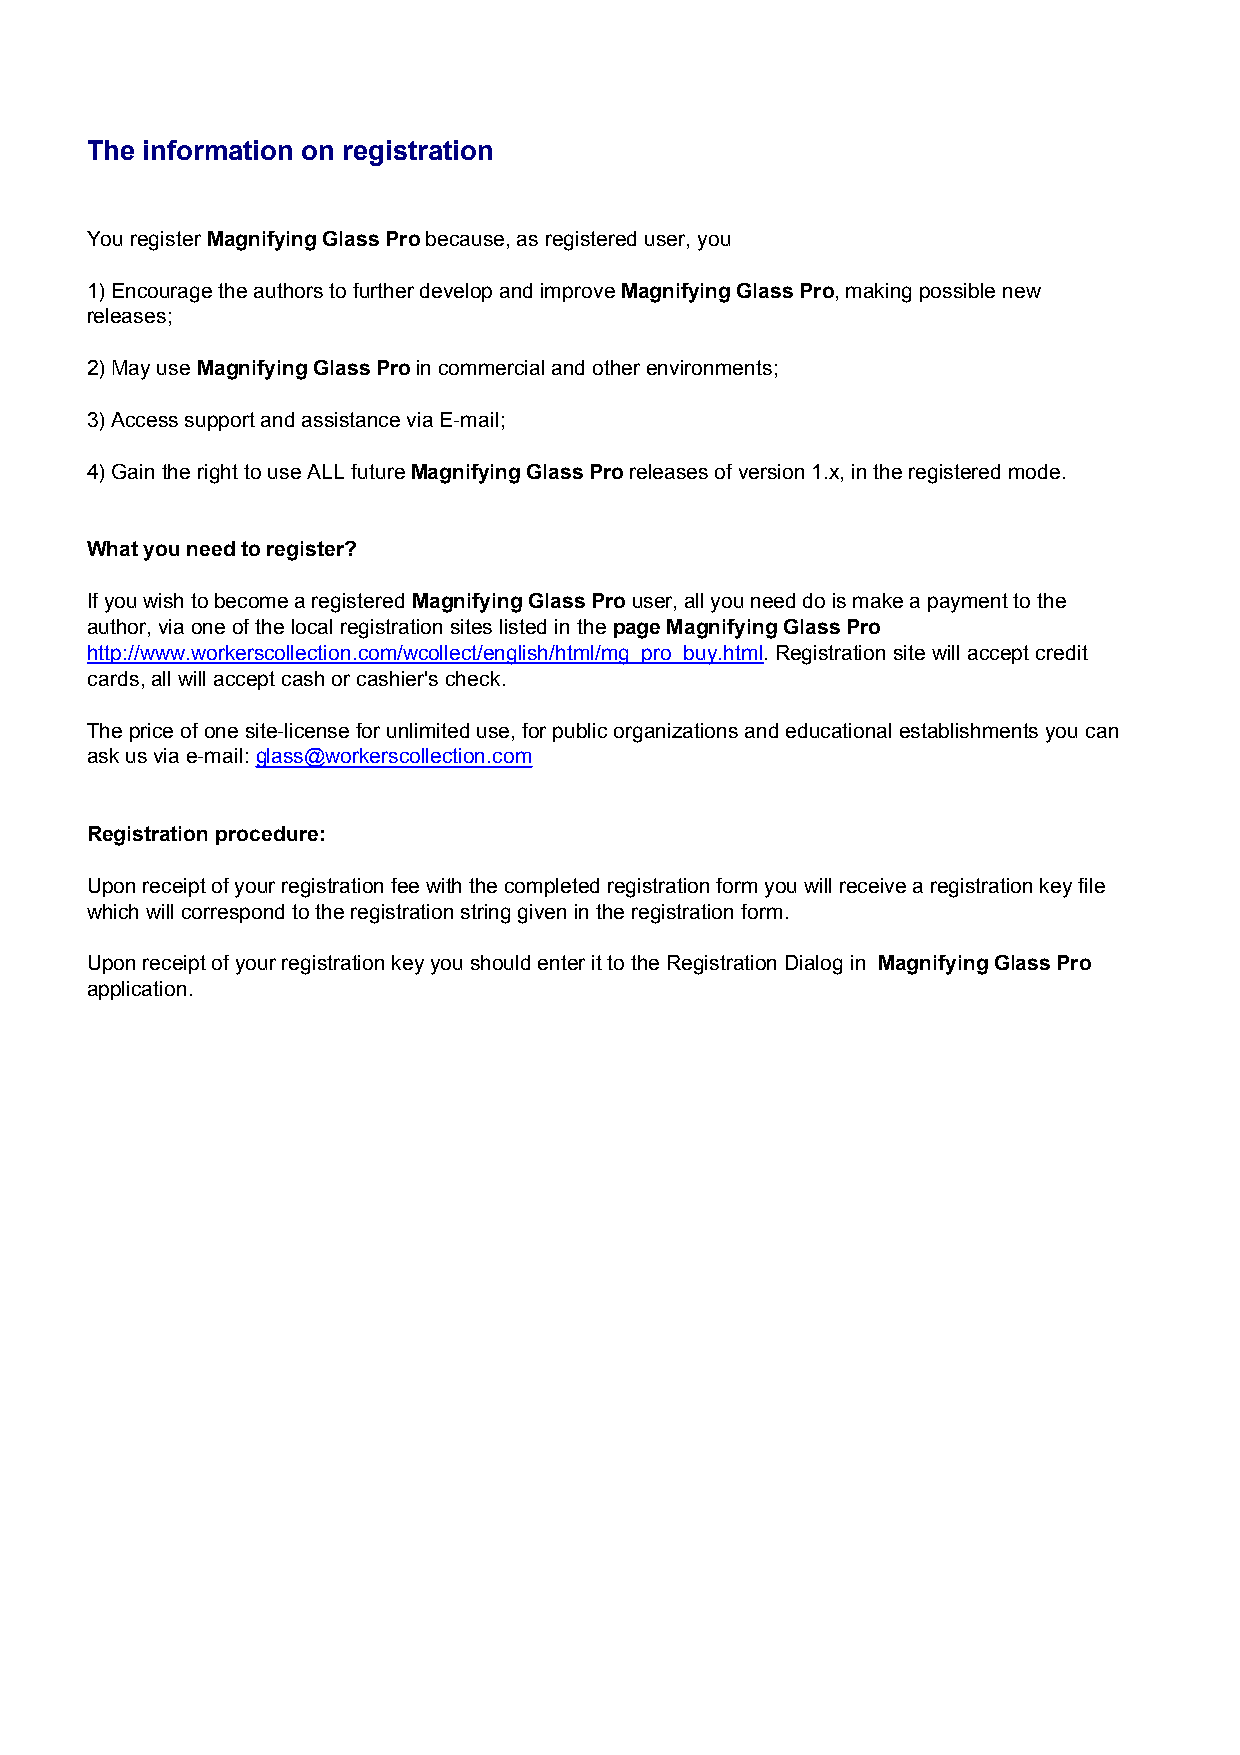
The information on registration
 You register Magnifying Glass Pro because, as registered user, you
 1) Encourage the authors to further develop and improve Magnifying Glass Pro, making possible new
 releases;
 2) May use Magnifying Glass Pro in commercial and other environments;
 3) Access support and assistance via E-mail;
 4) Gain the right to use ALL future Magnifying Glass Pro releases of version 1.x, in the registered mode.
 What you need to register?
 If you wish to become a registered Magnifying Glass Pro user, all you need do is make a payment to the
 author, via one of the local registration sites listed in the page Magnifying Glass Pro
 http://www.workerscollection.com/wcollect/english/html/mg_pro_buy.html. Registration site will accept credit
 cards, all will accept cash or cashier's check.
 The price of one site-license for unlimited use, for public organizations and educational establishments you can
 ask us via e-mail: glass@workerscollection.com
 Registration procedure:
 Upon receipt of your registration fee with the completed registration form you will receive a registration key file
 which will correspond to the registration string given in the registration form.
 Upon receipt of your registration key you should enter it to the Registration Dialog in Magnifying Glass Pro
 application.